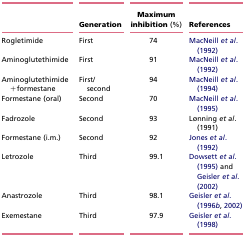
<table><thead><tr><td></td><td><b>Generation</b></td><td><b>Maximum inhibition (%)</b></td><td><b>References</b></td></tr></thead><tbody><tr><td>Rogletimide</td><td>First</td><td>74</td><td>MacNeill <i>et al</i>. (1992)</td></tr><tr><td>Aminoglutethimide</td><td>First</td><td>91</td><td>MacNeill <i>et al</i>. (1992)</td></tr><tr><td>Aminoglutethimide+formestane</td><td>First/second</td><td>94</td><td>MacNeill <i>et al</i>. (1994)</td></tr><tr><td>Formestane (oral)</td><td>Second</td><td>70</td><td>MacNeill <i>et al</i>. (1995)</td></tr><tr><td>Fadrozole</td><td>Second</td><td>93</td><td>Lønning <i>et al</i>. (1991)</td></tr><tr><td>Formestane (i.m.)</td><td>Second</td><td>92</td><td>Jones <i>et al</i>. (1992)</td></tr><tr><td>Letrozole</td><td>Third</td><td>99.1</td><td>Dowsett <i>et al</i>. (1995) and Geisler <i>et al</i>. (2002)</td></tr><tr><td>Anastrozole</td><td>Third</td><td>98.1</td><td>Geisler <i>et al</i>. (1996<i>b</i>, 2002)</td></tr><tr><td>Exemestane</td><td>Third</td><td>97.9</td><td>Geisler <i>et al</i>. (1998)</td></tr></tbody></table>